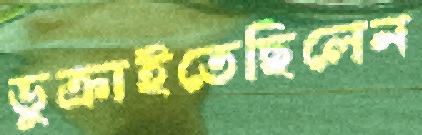
ডুক্‌রাইতেছিলেন